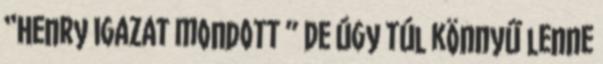
“Henry igazat mondott ” De úgy túl könnyű lenne